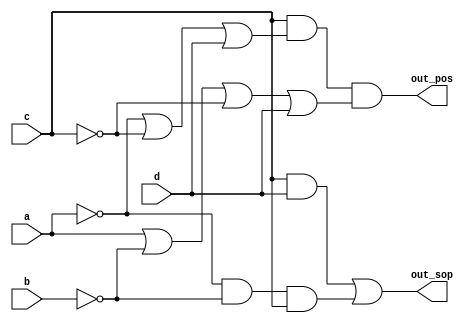
// This program was cloned from: https://github.com/Yvan-xy/verilog-doc
// License: GNU General Public License v2.0

module top_module (
    input a,
    input b,
    input c,
    input d,
    output out_sop,
    output out_pos
); 

    assign	out_sop = c&d | (~a)&(~b)&c;
    assign	out_pos = c&((~a)|(~c)|d)&(a|(~b)|(~c)|d);
    
endmodule